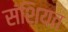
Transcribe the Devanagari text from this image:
संशियत